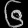
Digit: ၆